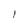
Character: 1